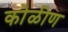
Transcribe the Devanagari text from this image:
कोळीण